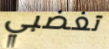
تغضبي